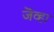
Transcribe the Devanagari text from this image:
जॆव्हा